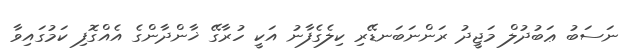
ނަސަބު ޢަބުދުލް މަޖީދު ރަންނަބަނޑޭރި ކިލެގެފާނު އަކީ ހުރާގޭ ޚާންދާންގެ އެއްގޮފި ކަމުގައިވާ